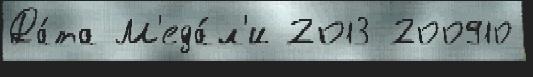
Да́та М'еда́л'и 2013 200910